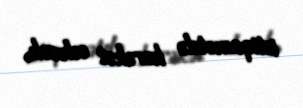
istiqamətdə hərəkət edəcək.